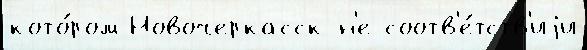
кото́ром Новочеркасск н'е соотв'е́тств'иjи